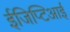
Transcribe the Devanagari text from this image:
ईजिप्टिआई